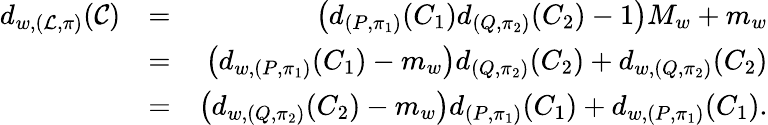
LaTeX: \begin{array}{rlr}{d_{w,(\mathcal{L},\pi)}(\mathcal{C})}&{=}&{\left(d_{(P,\pi_{1})}(C_{1})d_{(Q,\pi_{2})}(C_{2})-1\right)M_{w}+m_{w}}\\ &{=}&{\left(d_{w,(P,\pi_{1})}(C_{1})-m_{w}\right)d_{(Q,\pi_{2})}(C_{2})+d_{w,(Q,\pi_{2})}(C_{2})}\\ &{=}&{\left(d_{w,(Q,\pi_{2})}(C_{2})-m_{w}\right)d_{(P,\pi_{1})}(C_{1})+d_{w,(P,\pi_{1})}(C_{1}).}\end{array}